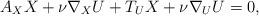
LaTeX: \begin{align*}A_X X + \nu \nabla_X U + T_U X + {\nu \nabla_U U}=0,\end{align*}